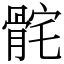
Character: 䯔